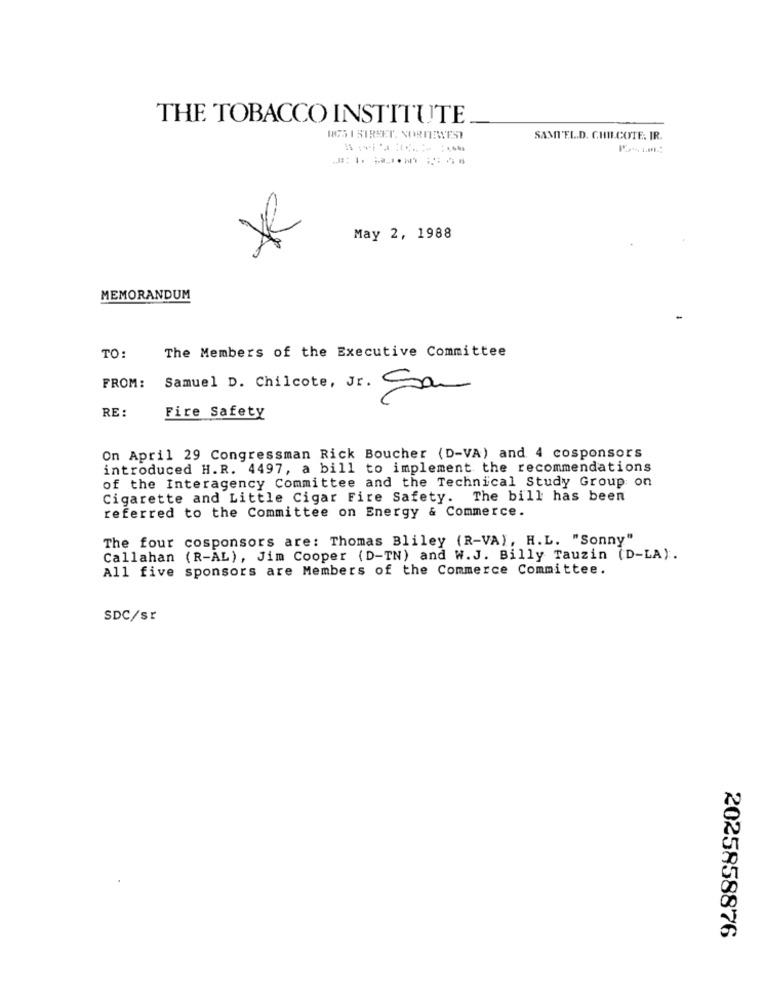
THE TOBACCO INSTITUTE
HESS I STREET, SORTIESEST
SAMIEL.D. CHICOTE. IR.
May 2, 1988
MEMORANDUM
TO:
The Members of the Executive Committee
FROM:
Samuel D. Chilcote, Jr. Sam
RE:
Fire Safety
On April 29 Congressman Rick Boucher (D-VA) and 4 cosponsors
introduced H.R. 4497, a bill to implement the recommendations
of the Interagency Committee and the Technical Study Group on
Cigarette and Little Cigar Fire Safety. The bill has been
referred to the Committee on Energy & Commerce.
The four cosponsors are: Thomas Bliley (R-VAI, H.L. "Sonny"
Callahan (R-AL), Jim Cooper (D-TN) and W. J. Billy Tauzin (D-LA).
All five sponsors are Members of the Commerce Committee.
SDC/sr
2025858876